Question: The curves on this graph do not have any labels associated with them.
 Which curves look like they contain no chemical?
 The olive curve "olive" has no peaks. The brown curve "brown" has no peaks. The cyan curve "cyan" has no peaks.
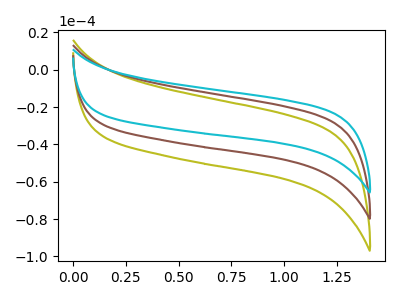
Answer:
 <answer>"olive", "brown" and "cyan" are likely to be blanks.</answer>
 <eval>"olive", "brown", "cyan"</eval>